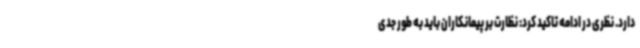
دارد. نظری در ادامه تاکید کرد: نظارت بر پیمانکاران باید به طور جدی